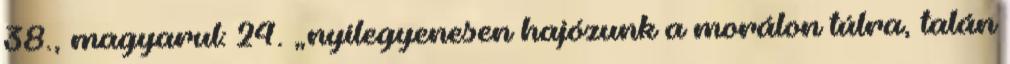
38., magyarul: 24. „nyílegyenesen hajózunk a morálon túlra, talán